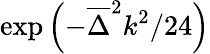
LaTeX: \exp\left(-\overline{{\Delta}}^{2}k^{2}/24\right)